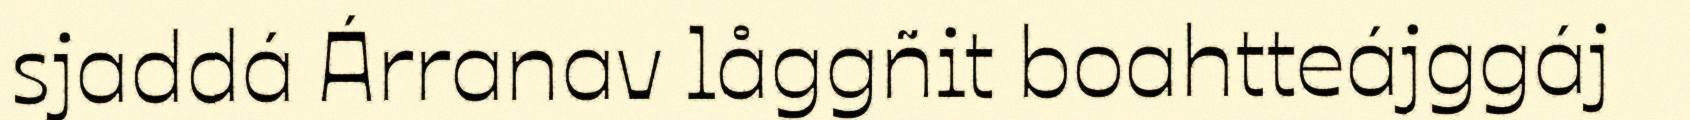
sjaddá Árranav låggñit boahtteájggáj